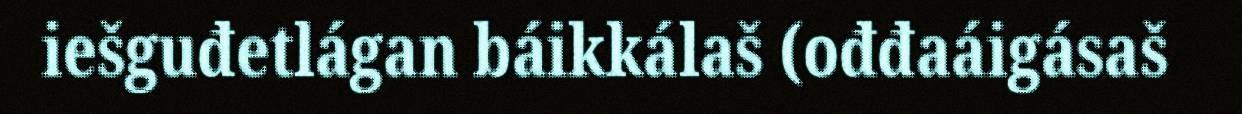
iešguđetlágan báikkálaš (ođđaáigásaš